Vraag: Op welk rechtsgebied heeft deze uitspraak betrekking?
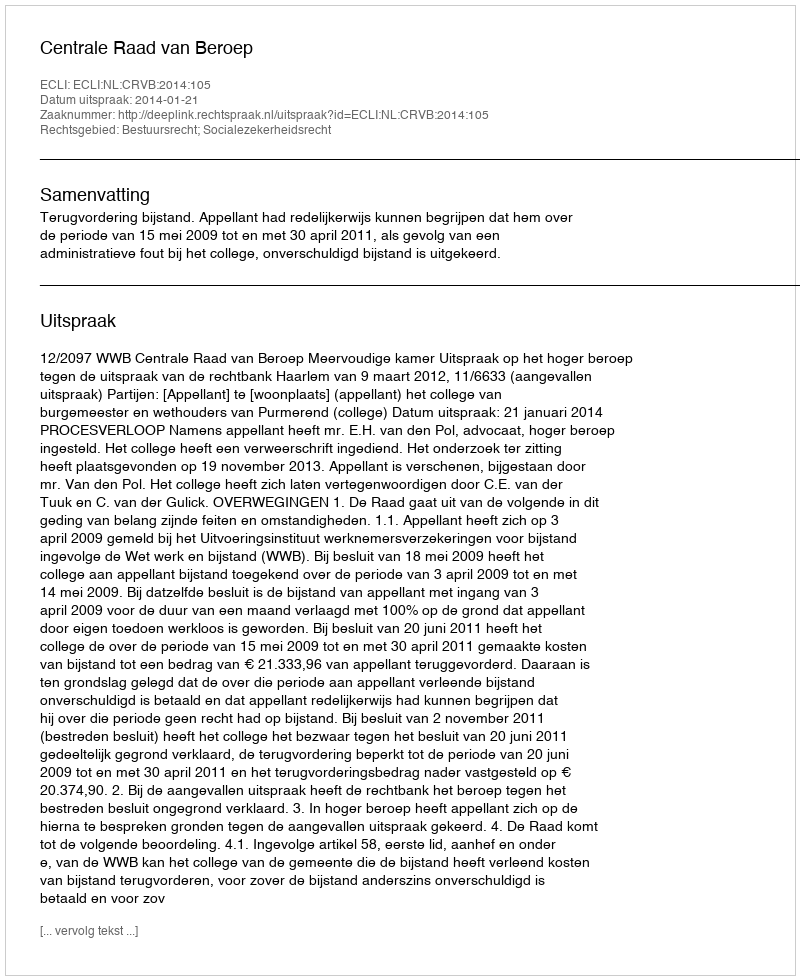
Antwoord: Bestuursrecht; Socialezekerheidsrecht